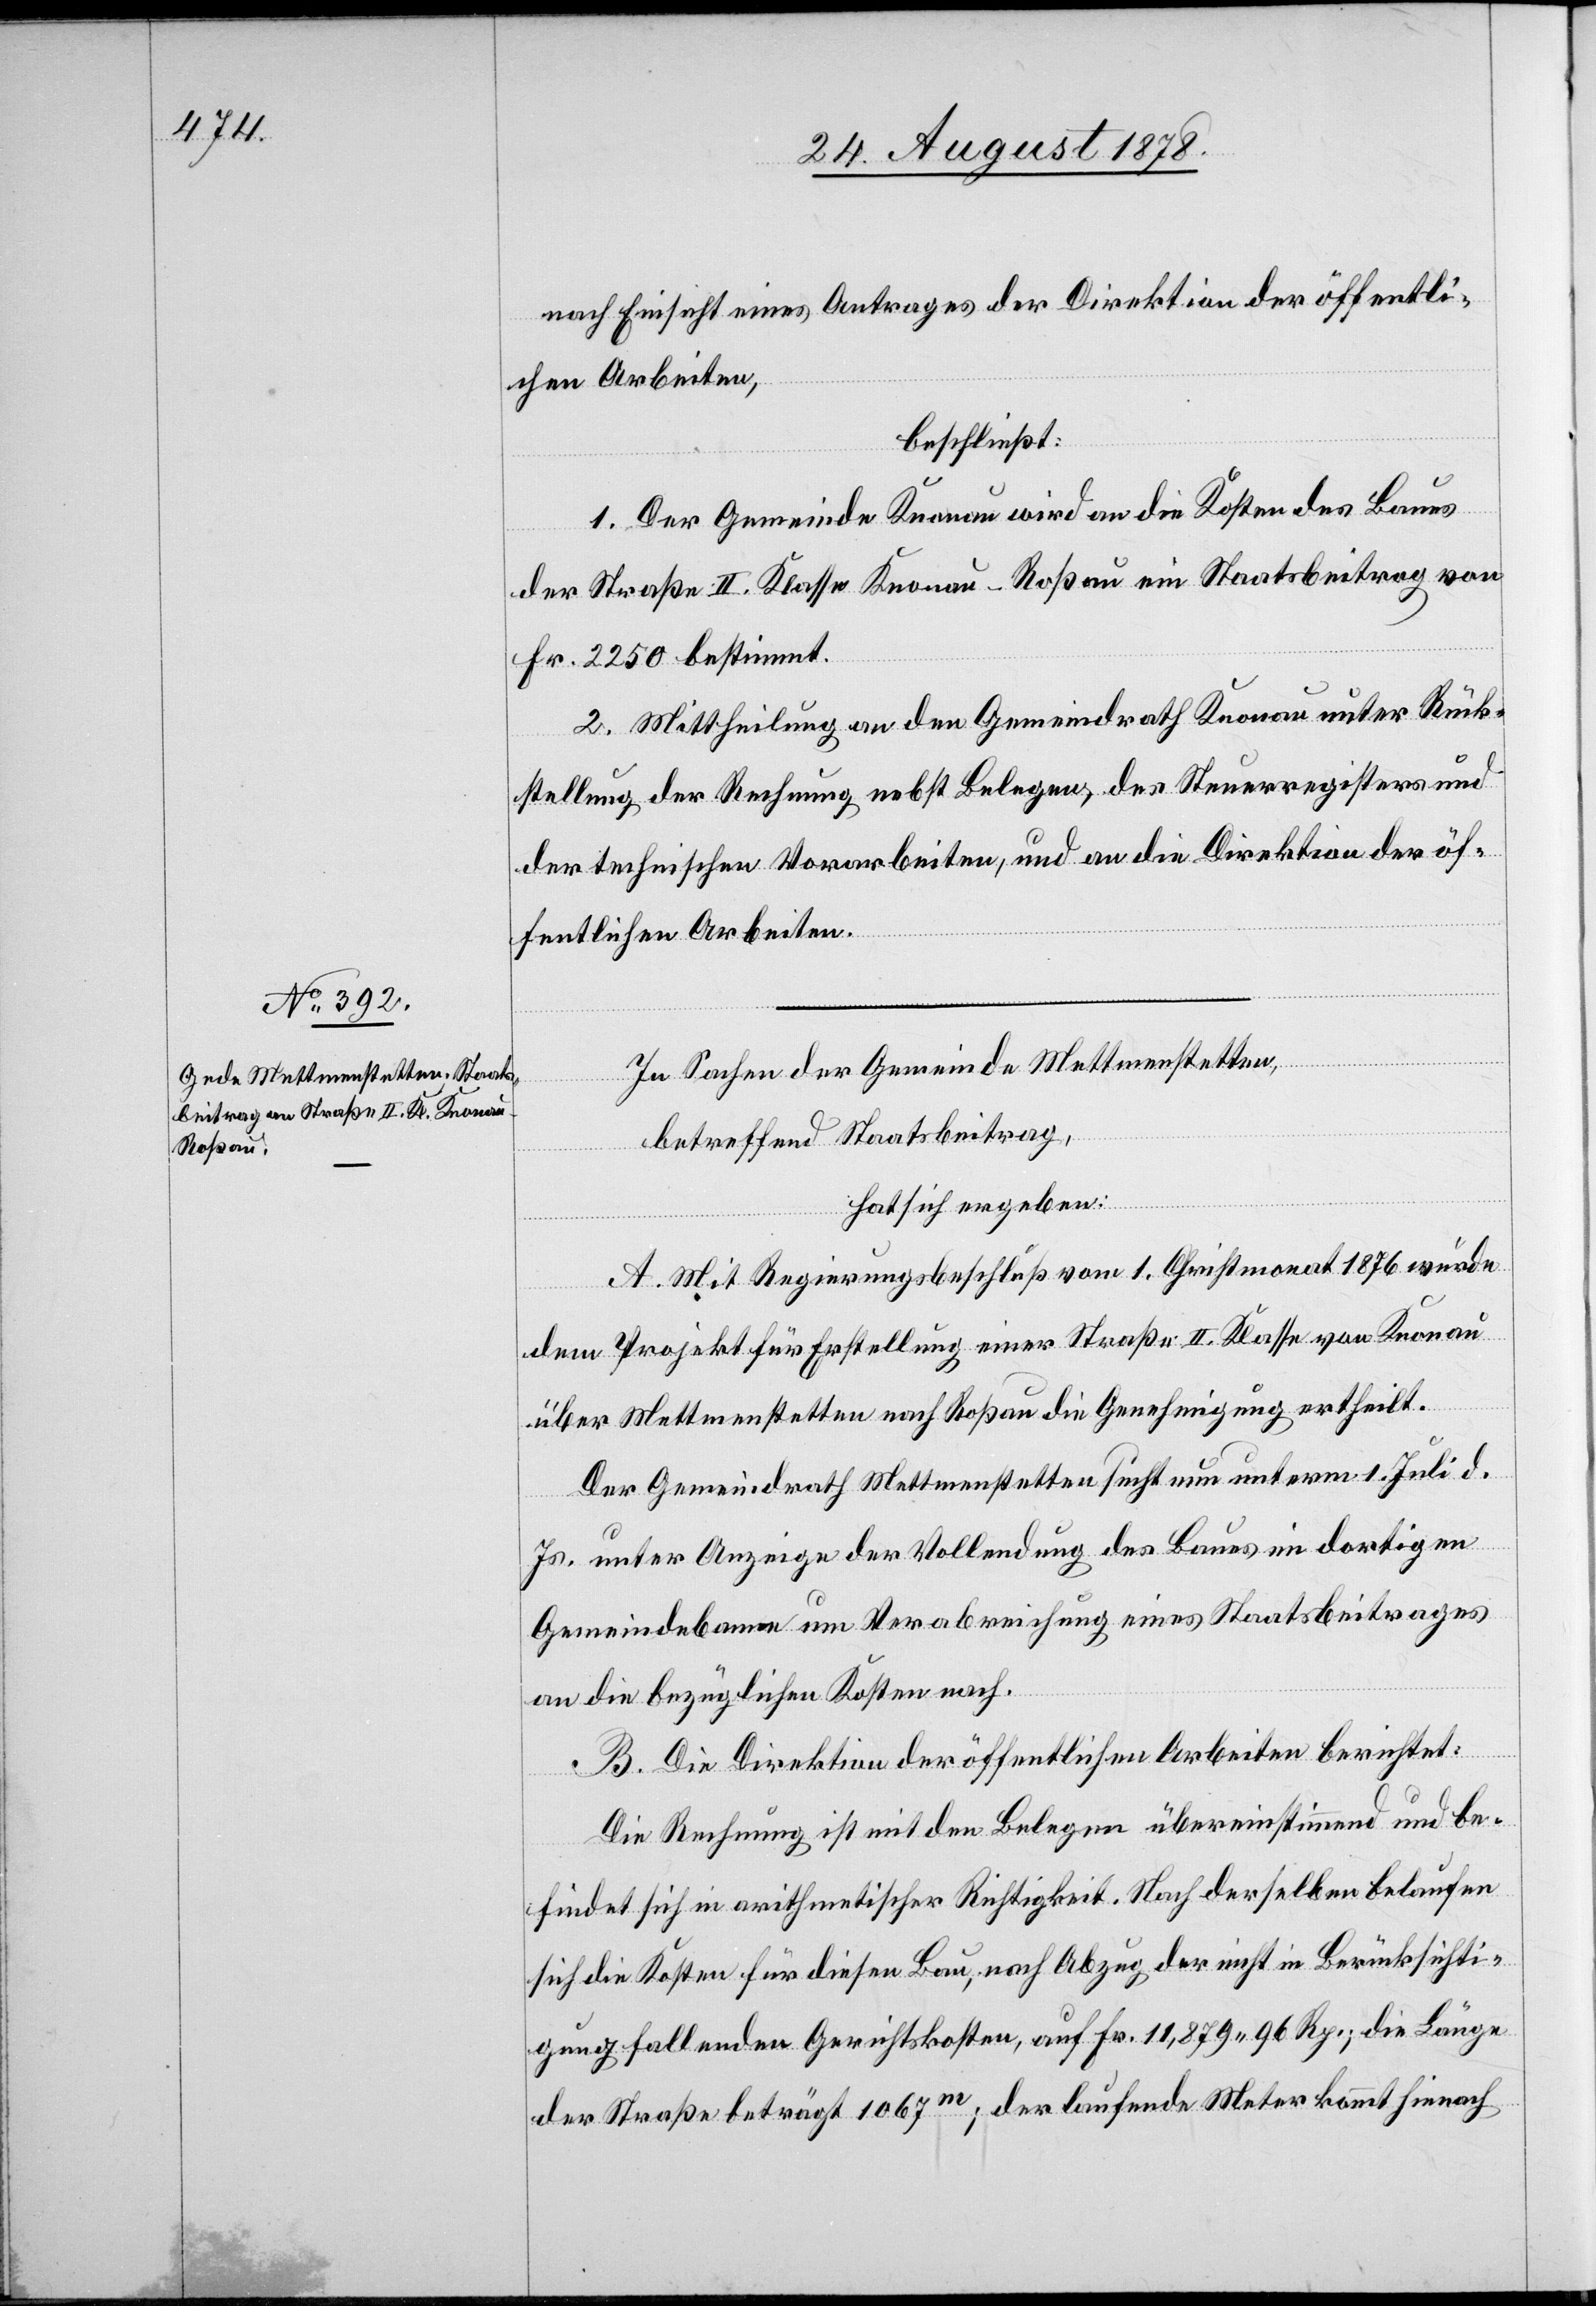
nach Einsicht eines Antrages der Direktion der öffentli¬
chen Arbeiten,
beschließt:
1. Der Gemeinde Knonau wird an die Kosten des Baues
der Straße II. Klasse Knonau–Roßau ein Staatsbeitrag von
Fr. 2250 bestimmt.
2. Mittheilung an den Gemeindrath Knonau unter Rück¬
stellung der Rechnung nebst Belegen, des Steuerregisters und
der technischen Vorarbeiten, und an die Direktion der öf¬
fentlichen Arbeiten.
In Sachen der Gemeinde Mettmenstetten,
betreffend Staatsbeitrag,
hat sich ergeben:
A. Mit Regierungsbeschluß vom 1. Christmonat 1876 wurde
dem Projekt für Erstellung einer Straße II. Klasse von Knonau
über Mettmenstetten nach Roßau die Genehmigung ertheilt.
Der Gemeindrath Mettmenstetten sucht nun unterm 1. Juli d.
Js. unter Anzeige der Vollendung des Baues im dortigen
Gemeindebanne um Verabreichung eines Staatsbeitrages
an die bezüglichen Kosten nach.
B. Die Direktion der öffentlichen Arbeiten berichtet:
Die Rechnung ist mit den Belegen übereinstimmend und be¬
findet sich in arithmetischer Richtigkeit. Nach derselben belaufen
sich die Kosten für diesen Bau, nach Abzug der nicht in Berücksichti¬
gung fallenden Gerichtskosten, auf Fr. 11,879 96 Rp., die Länge
der Straße beträgt 1067m; der laufende Meter kommt hienach